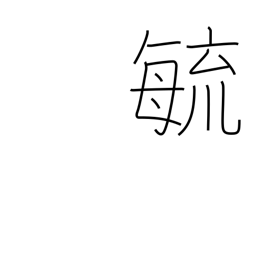
Meaning: grow up